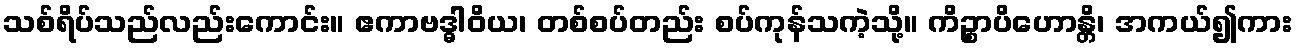
သစ်ရိပ်သည်လည်းကောင်း။ ဧကာဗဒ္ဓါဝိယ၊ တစ်စပ်တည်း စပ်ကုန်သကဲ့သို့။ ကိဉ္စာပိဟောန္တိ၊ အကယ်၍ကား